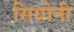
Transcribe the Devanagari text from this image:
सियोनी